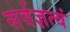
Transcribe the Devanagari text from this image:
सर्वज्ञत्वं